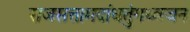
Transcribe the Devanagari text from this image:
राजसत्तामदांधतुंगध्वजन